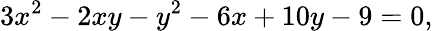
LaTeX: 3x^{2}-2xy-y^{2}-6x+10y-9=0,